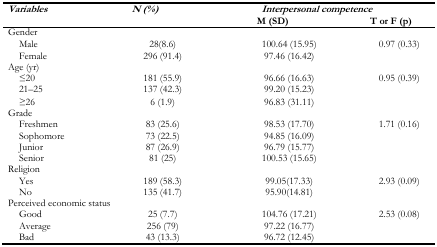
<table><thead><tr><td rowspan="2"><b><i>Variables</i></b></td><td rowspan="2"><b><i>N (%)</i></b></td><td colspan="2"><b><i>Interpersonal competence</i></b></td></tr><tr><td><b>M (SD)</b></td><td><b>T or F (p)</b></td></tr></thead><tbody><tr><td colspan="4">Gender</td></tr><tr><td>Male</td><td>28 (8.6)</td><td>100.64 (15.95)</td><td>0.97 (0.33)</td></tr><tr><td>Female</td><td>296 (91.4)</td><td>97.46 (16.42)</td><td></td></tr><tr><td colspan="4">Age (yr)</td></tr><tr><td>≤20</td><td>181 (55.9)</td><td>96.66 (16.63)</td><td>0.95 (0.39)</td></tr><tr><td>21–25</td><td>137 (42.3)</td><td>99.20 (15.23)</td><td></td></tr><tr><td>≥26</td><td>6 (1.9)</td><td>96.83 (31.11)</td><td></td></tr><tr><td colspan="4">Grade</td></tr><tr><td>Freshmen</td><td>83 (25.6)</td><td>98.53 (17.70)</td><td>1.71 (0.16)</td></tr><tr><td>Sophomore</td><td>73 (22.5)</td><td>94.85 (16.09)</td><td></td></tr><tr><td>Junior</td><td>87 (26.9)</td><td>96.79 (15.77)</td><td></td></tr><tr><td>Senior</td><td>81 (25)</td><td>100.53 (15.65)</td><td></td></tr><tr><td colspan="4">Religion</td></tr><tr><td>Yes</td><td>189 (58.3)</td><td>99.05 (17.33)</td><td>2.93 (0.09)</td></tr><tr><td>No</td><td>135 (41.7)</td><td>95.90 (14.81)</td><td></td></tr><tr><td colspan="4">Perceived economic status</td></tr><tr><td>Good</td><td>25 (7.7)</td><td>104.76 (17.21)</td><td>2.53 (0.08)</td></tr><tr><td>Average</td><td>256 (79)</td><td>97.22 (16.77)</td><td></td></tr><tr><td>Bad</td><td>43 (13.3)</td><td>96.72 (12.45)</td><td></td></tr></tbody></table>